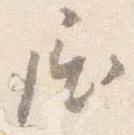
屈